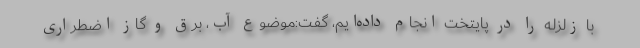
با زلزله را در پایتخت انجام داده‌ایم، گفت:‌موضوع آب، برق و گاز اضطراری